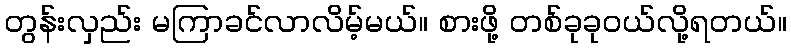
တွန်းလှည်း မကြာခင်လာလိမ့်မယ်။ စားဖို့ တစ်ခုခုဝယ်လို့ရတယ်။